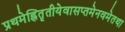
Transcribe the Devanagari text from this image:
प्रथमेह्नितृतीयेवासप्तमेनवमेतथा